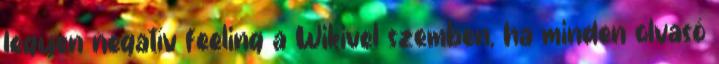
legyen negatív feeling a Wikivel szemben, ha minden olvasó